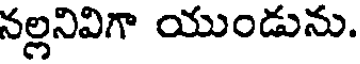
నల్లనివిగా యుండును.